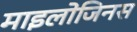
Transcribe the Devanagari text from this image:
माइलोजिनस